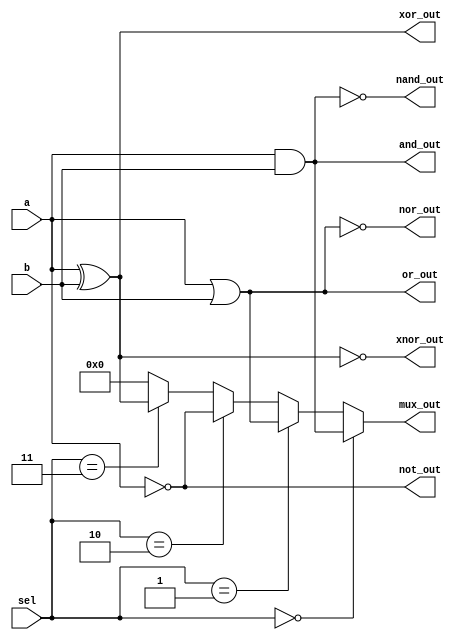
module combinational_logic_block (
    input wire [3:0] a,          // 4-bit input for logical operations
    input wire [3:0] b,          // 4-bit input for logical operations
    input wire [1:0] sel,        // 2-bit selector for multiplexer
    output wire [3:0] and_out,   // AND output
    output wire [3:0] or_out,    // OR output
    output wire [3:0] not_out,   // NOT output
    output wire [3:0] nand_out,  // NAND output
    output wire [3:0] nor_out,   // NOR output
    output wire [3:0] xor_out,   // XOR output
    output wire [3:0] xnor_out,  // XNOR output
    output wire [3:0] mux_out     // Multiplexer output
);

    // Basic logical operations
    assign and_out = a & b;      // AND operation
    assign or_out = a | b;       // OR operation
    assign not_out = ~a;         // NOT operation (inverted a)
    assign nand_out = ~(a & b);  // NAND operation
    assign nor_out = ~(a | b);   // NOR operation
    assign xor_out = a ^ b;      // XOR operation
    assign xnor_out = ~(a ^ b);  // XNOR operation

    // 4-to-1 Multiplexer
    assign mux_out = (sel == 2'b00) ? and_out :
                     (sel == 2'b01) ? or_out :
                     (sel == 2'b10) ? not_out :
                     (sel == 2'b11) ? xor_out : 4'b0000; // Default case

endmodule